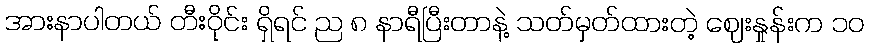
အားနာပါတယ် တီးဝိုင်း ရှိရင် ည ၈ နာရီပြီးတာနဲ့ သတ်မှတ်ထားတဲ့ ဈေးနှုန်းက ၁၀